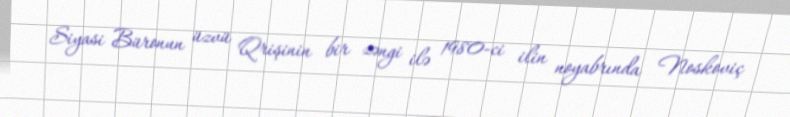
Siyasi Büronun üzvü Qrişinin bir zəngi ilə 1980-ci ilin noyabrında Noskoviç